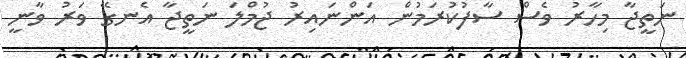
ނަތީޖާ މިހާރު ވެސް ސާފުކުރަމުން އަންނައިރު ޖުމްލަ ނަތީޖާ އެނގޭ ވަރު ވާނީ